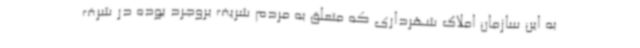
به این سازمان املاک شهرداری که متعلق به مردم شریف بروجرد بوده در شرف